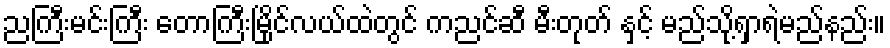
ညကြီးမင်းကြီး တောကြီးမြိုင်လယ်ထဲတွင် ကညင်ဆီ မီးတုတ် နှင့် မည်သို့ရှာရဲမည်နည်း။